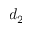
d _ { 2 }